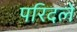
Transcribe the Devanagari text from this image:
परिदले